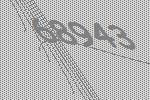
68943